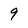
Character: 9